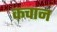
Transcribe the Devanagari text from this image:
कचान